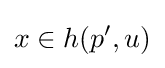
x\in h(p^{\prime },u)